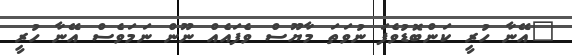
"އޭނާ ހުރީ ކަންބޮޑުވެފަ ނުވަތަ މާޔޫސް ވެފައެއް ނޫން ނަމަވެސް އޭނާ ހުރީ